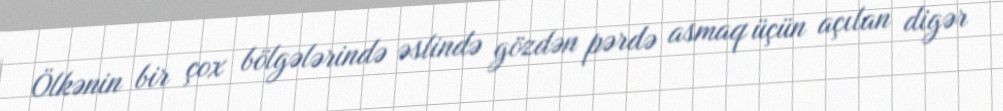
Ölkənin bir çox bölgələrində əslində gözdən pərdə asmaq üçün açılan digər